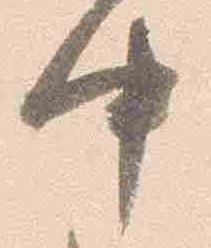
中